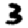
Digit: 3